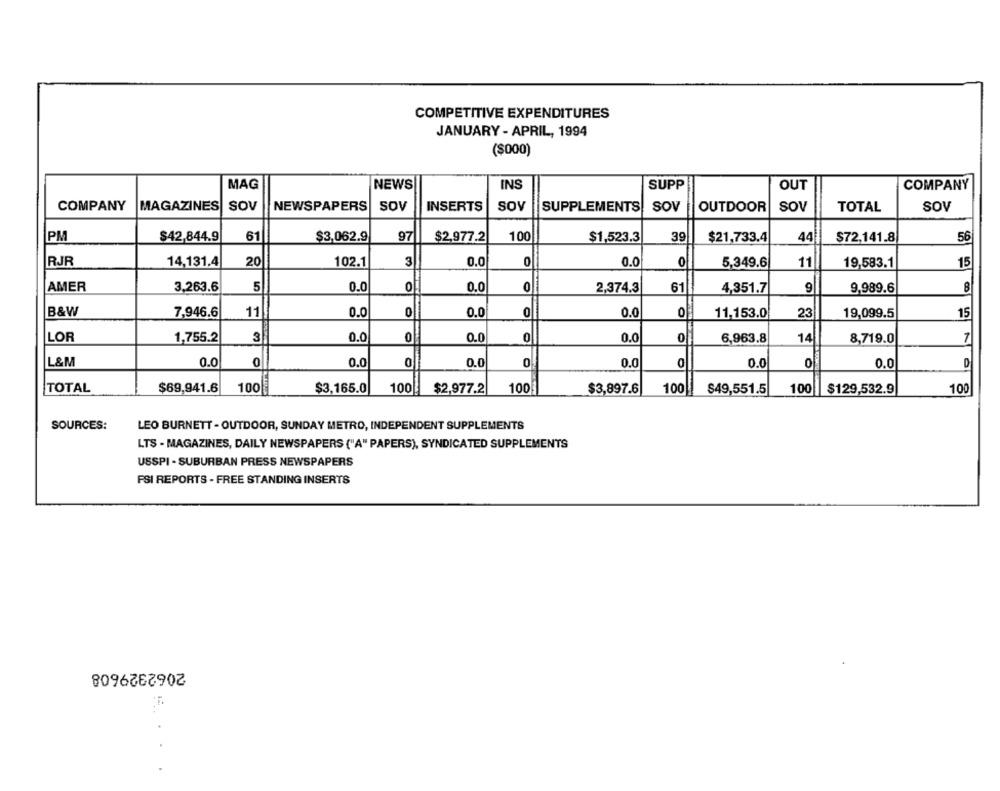
COMPETITIVE EXPENDITURES
JANUARY - APRIL, 1994
($000)
MAG
NEWS
INS
SUPP
OUT
COMPANY
COMPANY
MAGAZINES
SOV
NEWSPAPERS SOV
soy
INSERTS
SUPPLEMENTS SOV
OUTDOOR
SOV
TOTAL
SOV
PM
$42,844.9
61
$3,062.9
97
$2,977.2
100
$1,523.3
39
$21,733.4
44
$72.141.8
56
RJR
20
3
0.0
14,131.4
102.1
0
0.0
0
5,349.6
11
19,583.1
15
AMER
3,263.6
5
0.0
0
0.0
0
2,374.3
61
4,351.7
9
9,989.6
8
B&W
7,946.6
11
0.0
0
0.0
0
0.0
of
11,153.0
23
19,099.5
15
LOR
1,755.2
3
0.0
0
0.0
0
0.0
0
6,963.8
14
8,719.0
7
L&M
0.0
0
0.0
0
0.0
0.0
0
0.0
0
0.0
D
TOTAL
$69,941.6
100
$3,165.0
100
$2,977.2
100.
$3,897.6
100
100
$49,551.5
$129,532.9
100
SOURCES:
LEO BURNETT - OUTDOOR, SUNDAY METRO, INDEPENDENT SUPPLEMENTS
LTS - MAGAZINES, DAILY NEWSPAPERS ("A" PAPERS), SYNDICATED SUPPLEMENTS
USSPI - SUBURBAN PRESS NEWSPAPERS
FSI REPORTS - FREE STANDING INSERTS
2062329608